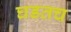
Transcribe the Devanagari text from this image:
घडतच